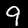
Digit: 9